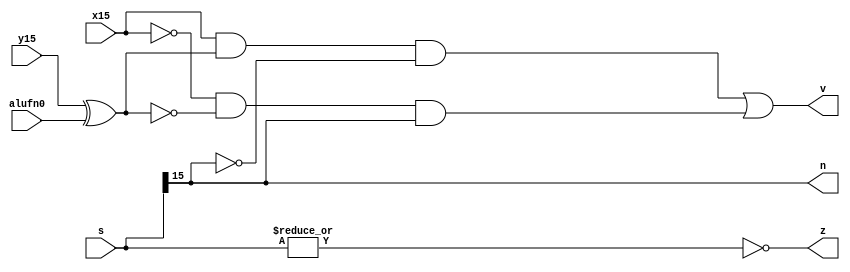
module find_zvn_21 (
    input [15:0] s,
    input x15,
    input y15,
    input alufn0,
    output reg z,
    output reg v,
    output reg n
  );
  
  
  
  always @* begin
    z = (~|s);
    v = (x15 & (y15 ^ alufn0) & !s[15+0-:1]) | (!x15 & !(y15 ^ alufn0) & s[15+0-:1]);
    n = s[15+0-:1];
  end
endmodule